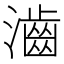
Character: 𤁧